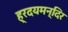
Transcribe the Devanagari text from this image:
ह्रदयमन्दिर